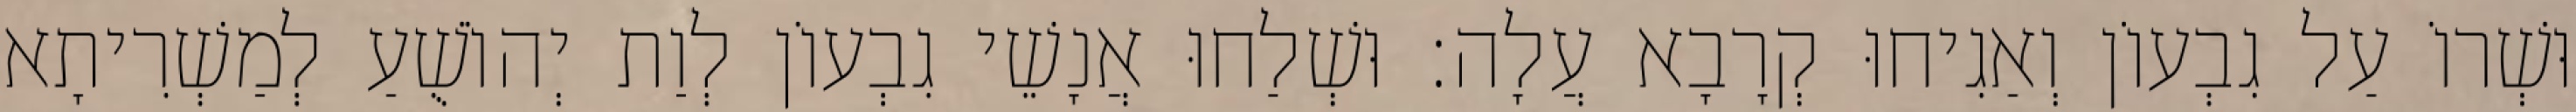
וּשְׁרוֹ עַל גִבְעוֹן וְאַגִיחוּ קְרָבָא עֲלָה׃ וּשְׁלַחוּ אֲנָשֵׁי גִבְעוֹן לְוַת יְהוֹשֻׁעַ לְמַשְׁרִיתָא